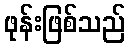
ဖုန်းဖြစ်သည်